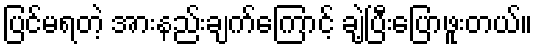
ပြင်မရတဲ့ အားနည်းချက်ကြောင့် ချဲ့ပြီးပြောဖူးတယ်။